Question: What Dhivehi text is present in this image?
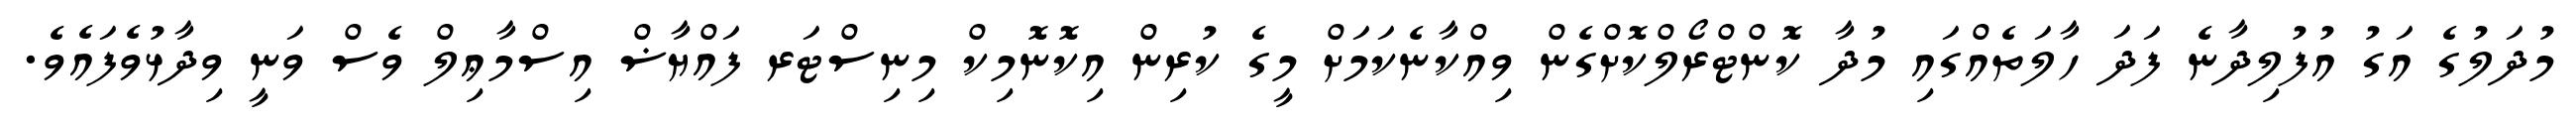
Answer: މުދަލުގެ އަގު އުފުލިދާނެ ފަދަ ހާލަތެއްގައި މުދާ ކޮންޓްރޯލްކޮށްގެން ވިއްކާނެކަމަށް މީގެ ކުރިން އިކޮނޮމިކް މިނިސްޓަރ ފައްޔާޟް އިސްމާޢިލް ވެސް ވަނީ ވިދާޅުވެފައެވެ.